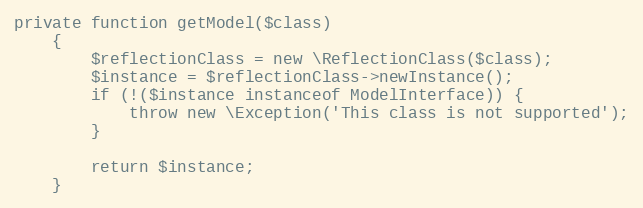
Language: PHP
private function getModel($class)
    {
        $reflectionClass = new \ReflectionClass($class);
        $instance = $reflectionClass->newInstance();
        if (!($instance instanceof ModelInterface)) {
            throw new \Exception('This class is not supported');
        }

        return $instance;
    }